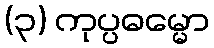
(၃) ကုပ္ပဓမ္မော